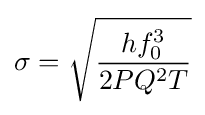
\sigma ={\sqrt {\frac {hf_{0}^{3}}{2PQ^{2}T}}}